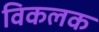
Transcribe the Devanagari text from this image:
विकलक